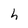
Character: h